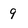
Character: 9